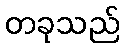
တခုသည်